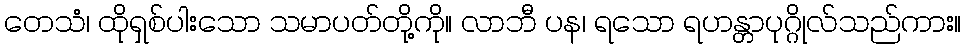
တေသံ၊ ထိုရှစ်ပါးသော သမာပတ်တို့ကို။ လာဘီ ပန၊ ရသော ရဟန္တာပုဂ္ဂိုလ်သည်ကား။